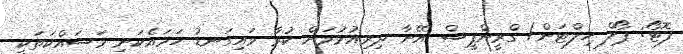
ފޮޓޯ: ޕޯލް ހިލްޓަން/ ގްރީންޕީސް އޭނާ ދިރިއުޅުމަށް ކުރާ މައިގަނޑު ހަމައެކަނި މަސައްކަތަކީ